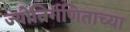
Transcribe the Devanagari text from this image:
ज्योतिर्गणिताच्या